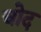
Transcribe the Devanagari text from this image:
चोद